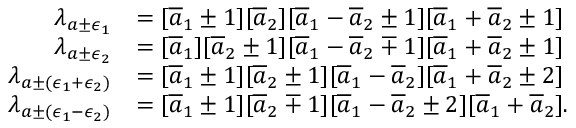
\begin{array} { r l } { \lambda _ { a \pm \epsilon _ { 1 } } } & { = [ \overline { { a } } _ { 1 } \pm 1 ] [ \overline { { a } } _ { 2 } ] [ \overline { { a } } _ { 1 } - \overline { { a } } _ { 2 } \pm 1 ] [ \overline { { a } } _ { 1 } + \overline { { a } } _ { 2 } \pm 1 ] } \\ { \lambda _ { a \pm \epsilon _ { 2 } } } & { = [ \overline { { a } } _ { 1 } ] [ \overline { { a } } _ { 2 } \pm 1 ] [ \overline { { a } } _ { 1 } - \overline { { a } } _ { 2 } \mp 1 ] [ \overline { { a } } _ { 1 } + \overline { { a } } _ { 2 } \pm 1 ] } \\ { \lambda _ { a \pm ( \epsilon _ { 1 } + \epsilon _ { 2 } ) } } & { = [ \overline { { a } } _ { 1 } \pm 1 ] [ \overline { { a } } _ { 2 } \pm 1 ] [ \overline { { a } } _ { 1 } - \overline { { a } } _ { 2 } ] [ \overline { { a } } _ { 1 } + \overline { { a } } _ { 2 } \pm 2 ] } \\ { \lambda _ { a \pm ( \epsilon _ { 1 } - \epsilon _ { 2 } ) } } & { = [ \overline { { a } } _ { 1 } \pm 1 ] [ \overline { { a } } _ { 2 } \mp 1 ] [ \overline { { a } } _ { 1 } - \overline { { a } } _ { 2 } \pm 2 ] [ \overline { { a } } _ { 1 } + \overline { { a } } _ { 2 } ] . } \end{array}